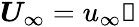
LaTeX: \boldsymbol{U}_{\infty}=u_{\infty}\mathbb{1}